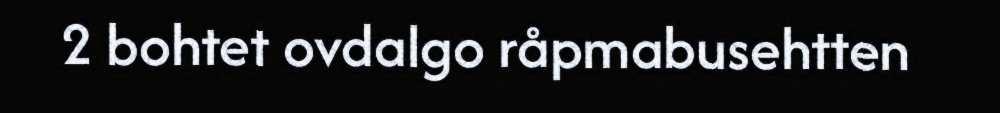
2 bohtet ovdalgo råpmabusehtten